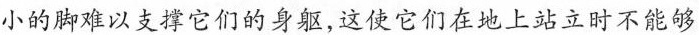
小的脚难以支撑它们的身躯，这使它们在地上站立时不能够